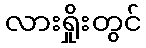
လားရှိုးတွင်